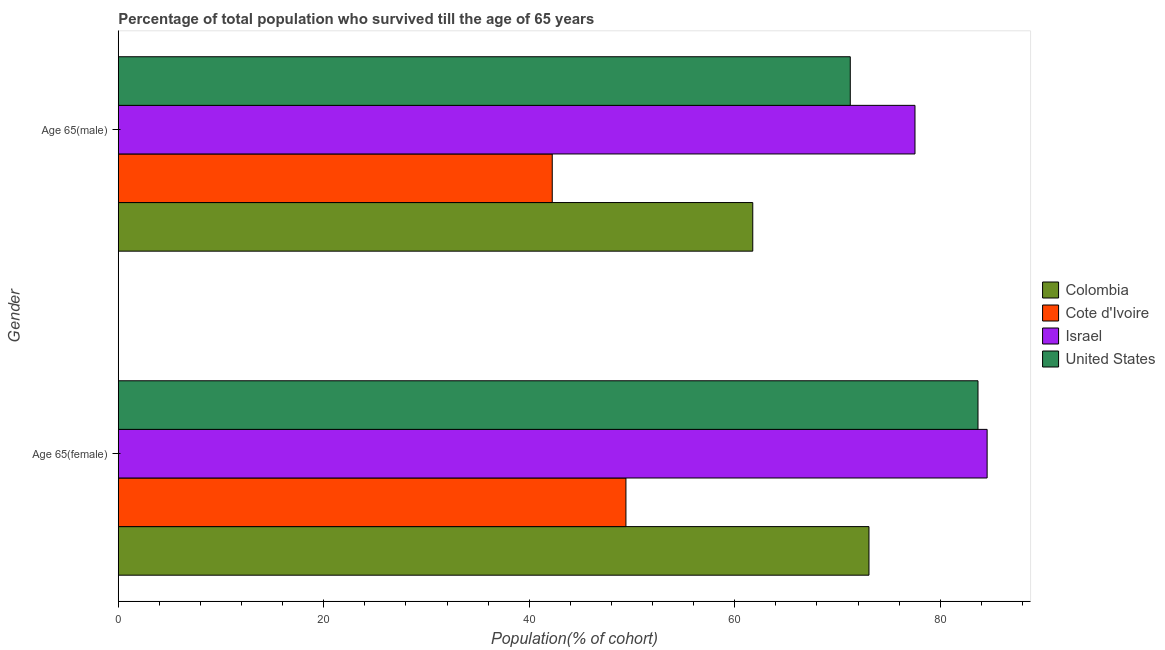
| Gender | Colombia | Cote d'Ivoire | Israel | United States |
 | --- | --- | --- | --- | --- |
 | Age 65(female) | 73.1 | 49.4 | 84.6 | 83.7 |
 | Age 65(male) | 61.8 | 42.2 | 77.5 | 71.2 |